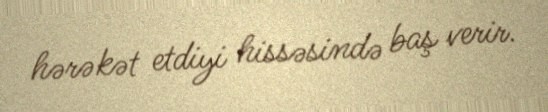
hərəkət etdiyi hissəsində baş verir.